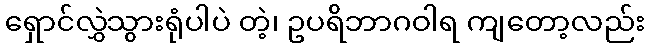
ရှောင်လွှဲသွားရုံပါပဲ တဲ့၊ ဥပရိဘာဂဝါရ ကျတော့လည်း